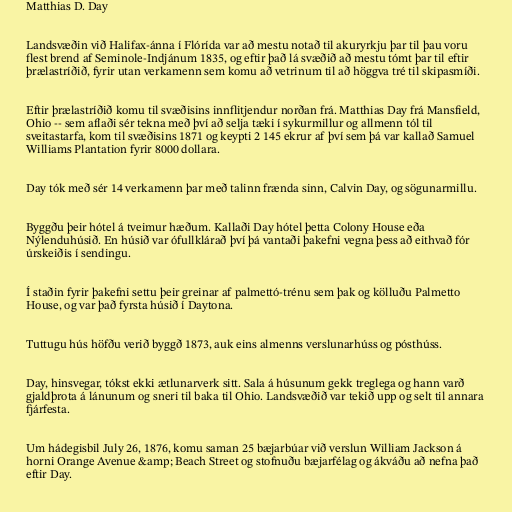
Matthias D. Day

Landsvæðin við Halifax-ánna í Flórída var að mestu notað til akuryrkju þar til þau voru
flest brend af Seminole-Indjánum 1835, og eftir það lá svæðið að mestu tómt þar til eftir
þrælastríðið, fyrir utan verkamenn sem komu að vetrinum til að höggva tré til skipasmíði.

Eftir þrælastríðið komu til svæðisins innflitjendur norðan frá. Matthias Day frá Mansfield,
Ohio -- sem aflaði sér tekna með því að selja tæki í sykurmillur og allmenn tól til
sveitastarfa, kom til svæðisins 1871 og keypti 2 145 ekrur af því sem þá var kallað Samuel
Williams Plantation fyrir 8000 dollara.

Day tók með sér 14 verkamenn þar með talinn frænda sinn, Calvin Day, og sögunarmillu.

Byggðu þeir hótel á tveimur hæðum. Kallaði Day hótel þetta Colony House eða
Nýlenduhúsið. En húsið var ófullklárað því þá vantaði þakefni vegna þess að eithvað fór
úrskeiðis í sendingu.

Í staðin fyrir þakefni settu þeir greinar af palmettó-trénu sem þak og kölluðu Palmetto
House, og var það fyrsta húsið í Daytona.

Tuttugu hús höfðu verið byggð 1873, auk eins almenns verslunarhúss og pósthúss.

Day, hinsvegar, tókst ekki ætlunarverk sitt. Sala á húsunum gekk treglega og hann varð
gjaldþrota á lánunum og sneri til baka til Ohio. Landsvæðið var tekið upp og selt til annara
fjárfesta.

Um hádegisbil July 26, 1876, komu saman 25 bæjarbúar við verslun William Jackson á
horni Orange Avenue &amp; Beach Street og stofnuðu bæjarfélag og ákváðu að nefna það
eftir Day.